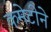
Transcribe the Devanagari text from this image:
कमेटीने